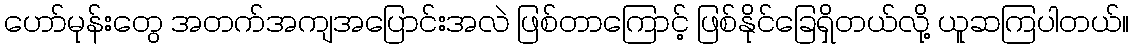
ဟော်မုန်းတွေ အတက်အကျအပြောင်းအလဲ ဖြစ်တာကြောင့် ဖြစ်နိုင်ခြေရှိတယ်လို့ ယူဆကြပါတယ်။